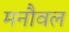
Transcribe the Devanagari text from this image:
मनौवल